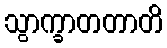
သွာက္ခာတတာတိ